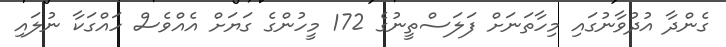
ގެންދާ އުދުވާނުގައި މިހާތަނަށް ފަލަސްތީނުގެ 172 މީހުންގެ ގަޔަށް އެއްވެސް ހައްގަކާ ނުލައި